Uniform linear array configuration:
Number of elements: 24
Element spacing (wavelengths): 1
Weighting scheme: exponential
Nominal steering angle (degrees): -15
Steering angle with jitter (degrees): -15.958
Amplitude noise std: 0.05
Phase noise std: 0.05

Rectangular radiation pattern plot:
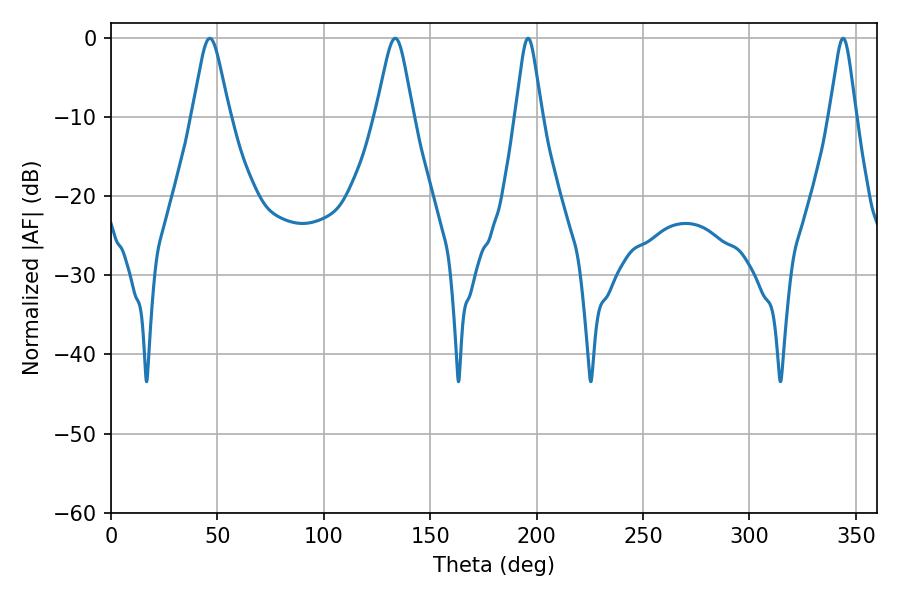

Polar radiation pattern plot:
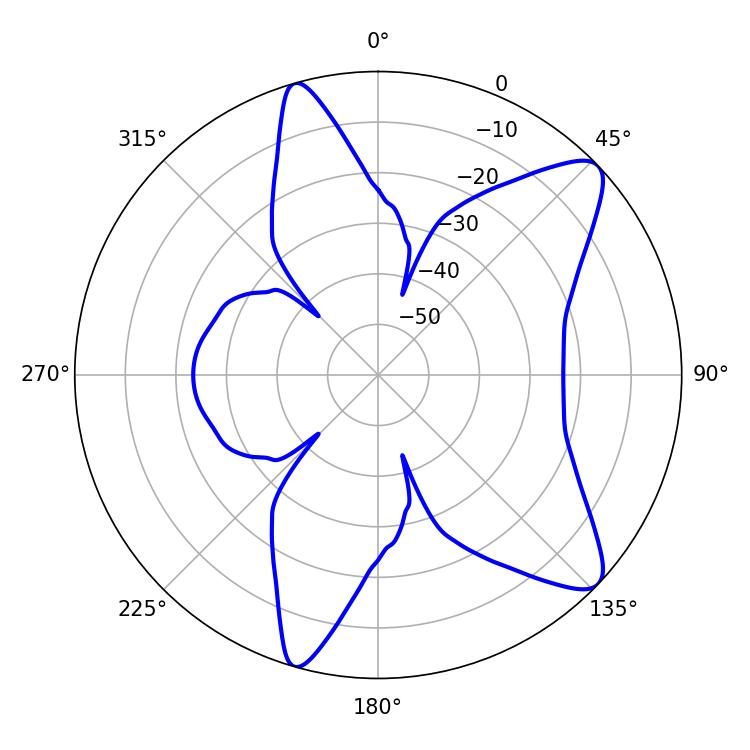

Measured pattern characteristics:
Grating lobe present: TRUE
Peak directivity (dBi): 10.198
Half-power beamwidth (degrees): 8.28
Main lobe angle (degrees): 46.44